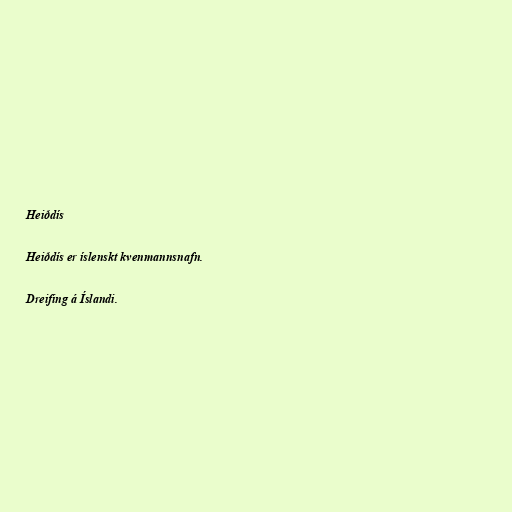
Heiðdís

Heiðdís er íslenskt kvenmannsnafn.

Dreifing á Íslandi.